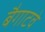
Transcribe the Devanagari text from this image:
बैगाटवे